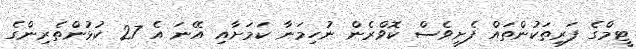
ޓީމްގެ ފަރިތަކުންތައް ފެށީވެސް ކޮވްރެން ނުހިމަނާ ކަމަށާއި އޭނަ އެ 27 ކުޅުންތެރިންގެ